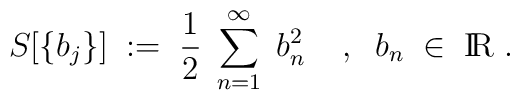
S [\{b_j\}] \; := \;\frac{1}{2} \; \sum_{n=1}^\infty \; b_n^2 \; \; \; \; , \; \;b_n \; \in \; \mbox{I\hspace{-0.62mm}R} \; .